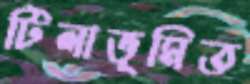
টিলাভূমিত